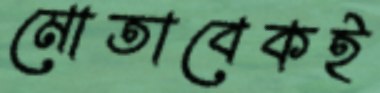
মোতাবেকই